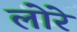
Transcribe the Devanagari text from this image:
लोरे